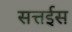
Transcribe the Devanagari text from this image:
सत्तईस